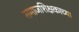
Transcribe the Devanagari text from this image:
समाजशिक्षकाच्या